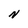
Character: N